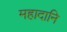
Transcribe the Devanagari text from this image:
महादानि